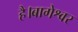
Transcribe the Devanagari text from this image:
है।बागेश्वर